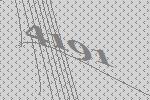
4191